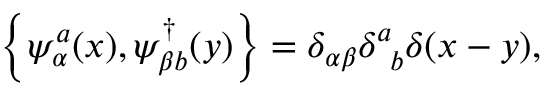
\left\{ \psi _ { \alpha } ^ { a } ( x ) , \psi _ { \beta b } ^ { \dagger } ( y ) \right\} = \delta _ { \alpha \beta } \delta _ { \phantom { a } b } ^ { a } \delta ( x - y ) ,